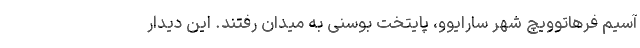
آسیم فرهاتوویچ شهر سارایوو، پایتخت بوسنی به میدان رفتند. این دیدار